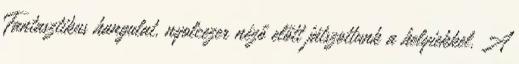
Fantasztikus hangulat, nyolcezer néző előtt játszottunk a helyiekkel. A